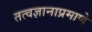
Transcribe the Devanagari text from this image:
तत्वज्ञानाप्रमाणे